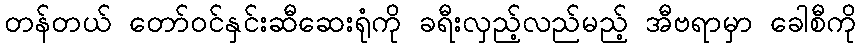
တန်တယ် တော်ဝင်နှင်းဆီဆေးရုံကို ခရီးလှည့်လည်မည့် အီဗရာမှာ ခေါစီကို